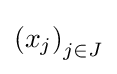
{(x_{j})}_{j\in J}